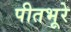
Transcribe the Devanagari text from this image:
पीतभूरे